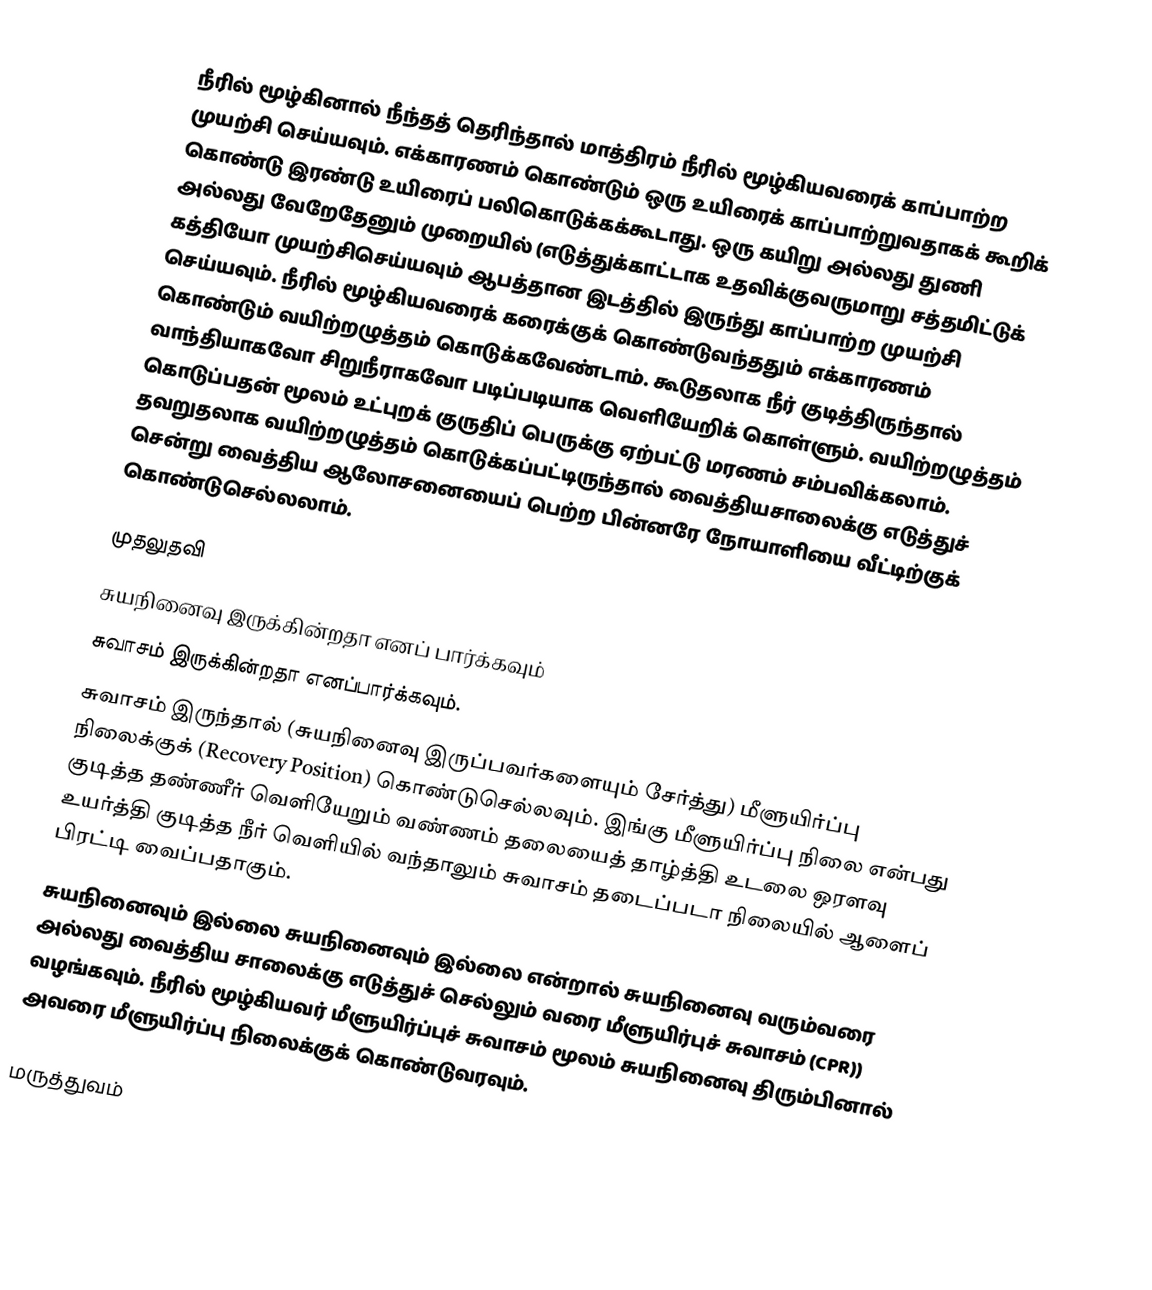
நீரில் மூழ்கினால் நீந்தத் தெரிந்தால் மாத்திரம் நீரில் மூழ்கியவரைக் காப்பாற்ற முயற்சி செய்யவும். எக்காரணம் கொண்டும் ஒரு உயிரைக் காப்பாற்றுவதாகக் கூறிக் கொண்டு இரண்டு உயிரைப் பலிகொடுக்கக்கூடாது. ஒரு கயிறு அல்லது துணி அல்லது வேறேதேனும் முறையில் (எடுத்துக்காட்டாக உதவிக்குவருமாறு சத்தமிட்டுக் கத்தியோ முயற்சிசெய்யவும் ஆபத்தான இடத்தில் இருந்து காப்பாற்ற முயற்சி செய்யவும். நீரில் மூழ்கியவரைக் கரைக்குக் கொண்டுவந்ததும் எக்காரணம் கொண்டும் வயிற்றழுத்தம் கொடுக்கவேண்டாம். கூடுதலாக நீர் குடித்திருந்தால் வாந்தியாகவோ சிறுநீராகவோ படிப்படியாக வெளியேறிக் கொள்ளும். வயிற்றழுத்தம் கொடுப்பதன் மூலம் உட்புறக் குருதிப் பெருக்கு ஏற்பட்டு மரணம் சம்பவிக்கலாம். தவறுதலாக வயிற்றழுத்தம் கொடுக்கப்பட்டிருந்தால் வைத்தியசாலைக்கு எடுத்துச் சென்று வைத்திய ஆலோசனையைப் பெற்ற பின்னரே நோயாளியை வீட்டிற்குக் கொண்டுசெல்லலாம்.

முதலுதவி
சுயநினைவு இருக்கின்றதா எனப் பார்க்கவும்
சுவாசம் இருக்கின்றதா எனப்பார்க்கவும்.
சுவாசம் இருந்தால் (சுயநினைவு இருப்பவர்களையும் சேர்த்து) மீளுயிர்ப்பு நிலைக்குக் (Recovery Position) கொண்டுசெல்லவும். இங்கு மீளுயிர்ப்பு நிலை என்பது குடித்த தண்ணீர் வெளியேறும் வண்ணம் தலையைத் தாழ்த்தி உடலை ஒரளவு உயர்த்தி குடித்த நீர் வெளியில் வந்தாலும் சுவாசம் தடைப்படா நிலையில் ஆளைப் பிரட்டி வைப்பதாகும்.
சுயநினைவும் இல்லை சுயநினைவும் இல்லை என்றால் சுயநினைவு வரும்வரை அல்லது வைத்திய சாலைக்கு எடுத்துச் செல்லும் வரை மீளுயிர்புச் சுவாசம் (CPR)) வழங்கவும். நீரில் மூழ்கியவர் மீளுயிர்ப்புச் சுவாசம் மூலம் சுயநினைவு திரும்பினால் அவரை மீளுயிர்ப்பு நிலைக்குக் கொண்டுவரவும்.

மருத்துவம்